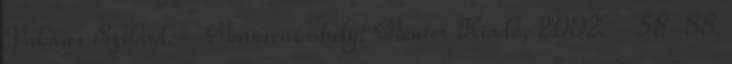
Vakarcs Szilárd. – Marosvásárhely: Mentor Kiadó, 2002. - 58-88.